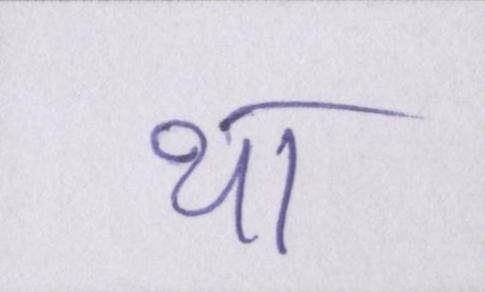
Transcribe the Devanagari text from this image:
था।